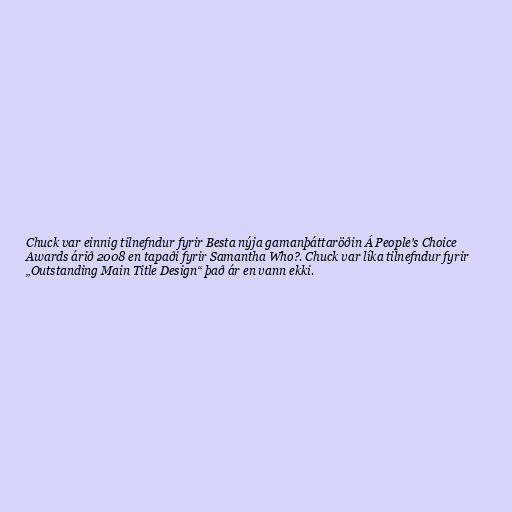
Chuck var einnig tilnefndur fyrir Besta nýja gamanþáttaröðin Á People's Choice
Awards árið 2008 en tapaði fyrir Samantha Who?. Chuck var líka tilnefndur fyrir
„Outstanding Main Title Design“ það ár en vann ekki.